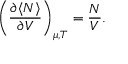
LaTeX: \left( { \frac { \partial \langle N \rangle } { \partial V } } \right) _ { \mu , T } = { \frac { N } { V } } .